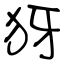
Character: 犽